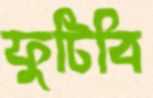
ফুটিবি